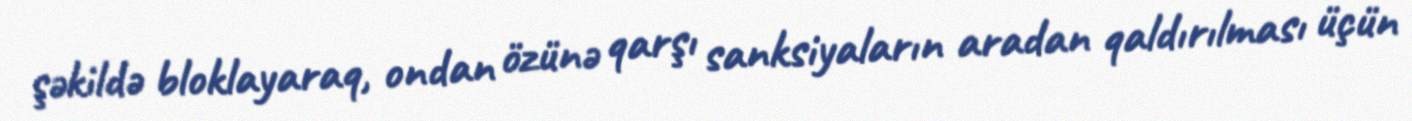
şəkildə bloklayaraq, ondan özünə qarşı sanksiyaların aradan qaldırılması üçün